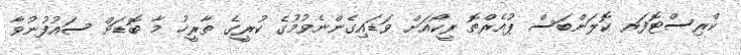
ކްރިސްޓޮފަރ ކޮލަންބަސް ޕުއެރްތޮ ރީީކޯއަށް ވަޑައިގެންނެވުމުގެ ކުރީގެ ތާރީޚު މާ ބޮޑަށް ސައުފުނުވާ